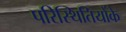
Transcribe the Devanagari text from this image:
परिस्थितियोंके